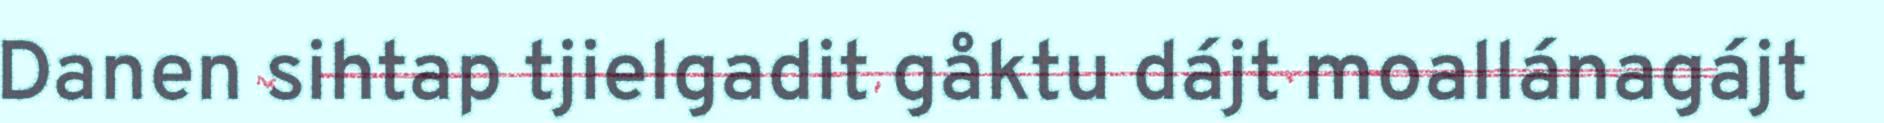
Danen sihtap tjielgadit gåktu dájt moallánagájt